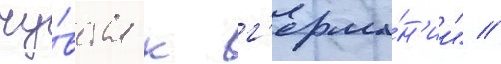
чу́вства к г'ерма́н'ии" //